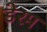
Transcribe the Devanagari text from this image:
डेरम